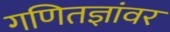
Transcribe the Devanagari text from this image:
गणितज्ञांवर